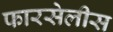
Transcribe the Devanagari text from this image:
फारसेलीस